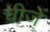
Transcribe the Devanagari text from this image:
चीजे़ें